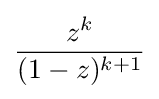
{\frac {z^{k}}{(1-z)^{k+1}}}